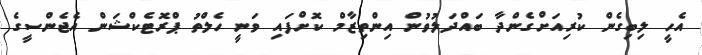
އެހީ ލިބިގެން ކުރިއަށްގެންދާ ބައްދަލުވުން އިންތިޒާމް ކޮށްފައި ވަނީ ހެލްތު ޕްރޮޓެކްޝަން އެޖެންސީގެ